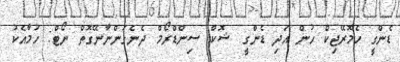
ޑެންގީ ހެމޮރޭޖިކް ހުން އަދި ޑެންގީ ޝޮކް ސިންޑްރޯމް ދެނެގަންނާނޭގޮތް ނޯޓް: ހުމާއެކު